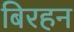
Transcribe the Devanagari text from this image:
बिरहन